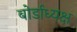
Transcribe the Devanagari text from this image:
बोर्डाध्यक्ष